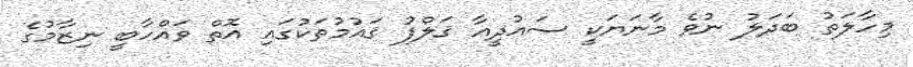
މިހާލަތު ބަދަލު ނުވެ މާނަޔަކީ ސައުދީއާ ޤަލްފު ޤައުމުތަކުގައި އޮތް ވައްހާބީ ނިޒާމުގެ